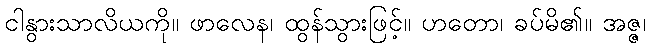
ငါနွားသာလိယကို။ ဖာလေန၊ ထွန်သွားဖြင့်။ ဟတော၊ ခပ်မိ၏။ အဇ္ဇ၊